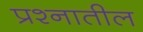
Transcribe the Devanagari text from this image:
प्रश्नातील